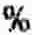
%